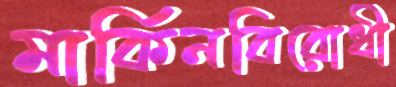
মার্কিনবিরোধী